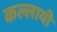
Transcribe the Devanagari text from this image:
कल्लायी